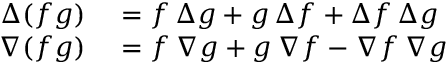
\begin{array} { r l } { \Delta ( f g ) } & { { } = f \, \Delta g + g \, \Delta f + \Delta f \, \Delta g } \\ { \nabla ( f g ) } & { { } = f \, \nabla g + g \, \nabla f - \nabla f \, \nabla g } \end{array}